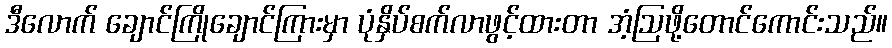
ဒီလောက် ချောင်ကြိုချောင်ကြားမှာ ပုံနှိပ်စက်လာဖွင့်ထားတာ အံ့ဩဖို့တောင်ကောင်းသည်။